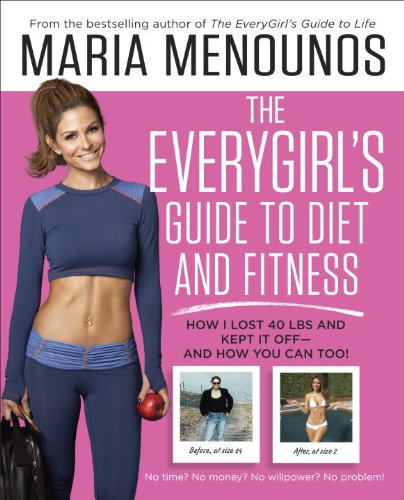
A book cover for The EveryGirl's Guide to Diet and Fitness: How I Lost 40 lbs and Kept It Off-And How You Can Too!; Maria Menounos; Health, Fitness & Dieting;